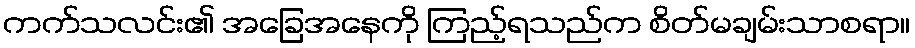
ကက်သလင်း၏ အခြေအနေကို ကြည့်ရသည်က စိတ်မချမ်းသာစရာ။